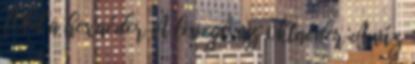
föld a hexaéder A levegő az oktaéder A víz